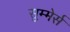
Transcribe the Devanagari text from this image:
सुम्मेर्स